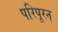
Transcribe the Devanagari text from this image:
परिपूरन